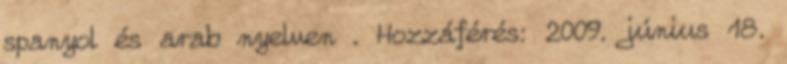
spanyol és arab nyelven . Hozzáférés: 2009. június 18.